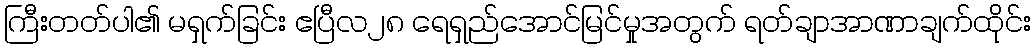
ကြီးတတ်ပါ၏ မရှက်ခြင်း ဧပြီလ၂၈ ရေရှည်အောင်မြင်မှုအတွက် ရတ်ချာအာဏာချက်ထိုင်း